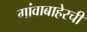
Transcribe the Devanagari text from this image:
गांवाबाहेरची